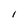
Character: I